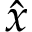
\hat { x }